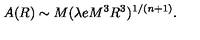
A ( R ) \sim M ( \lambda e M ^ { 3 } R ^ { 3 } ) ^ { 1 / ( n + 1 ) } .